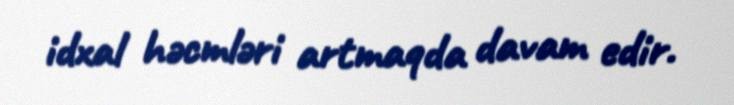
idxal həcmləri artmaqda davam edir.